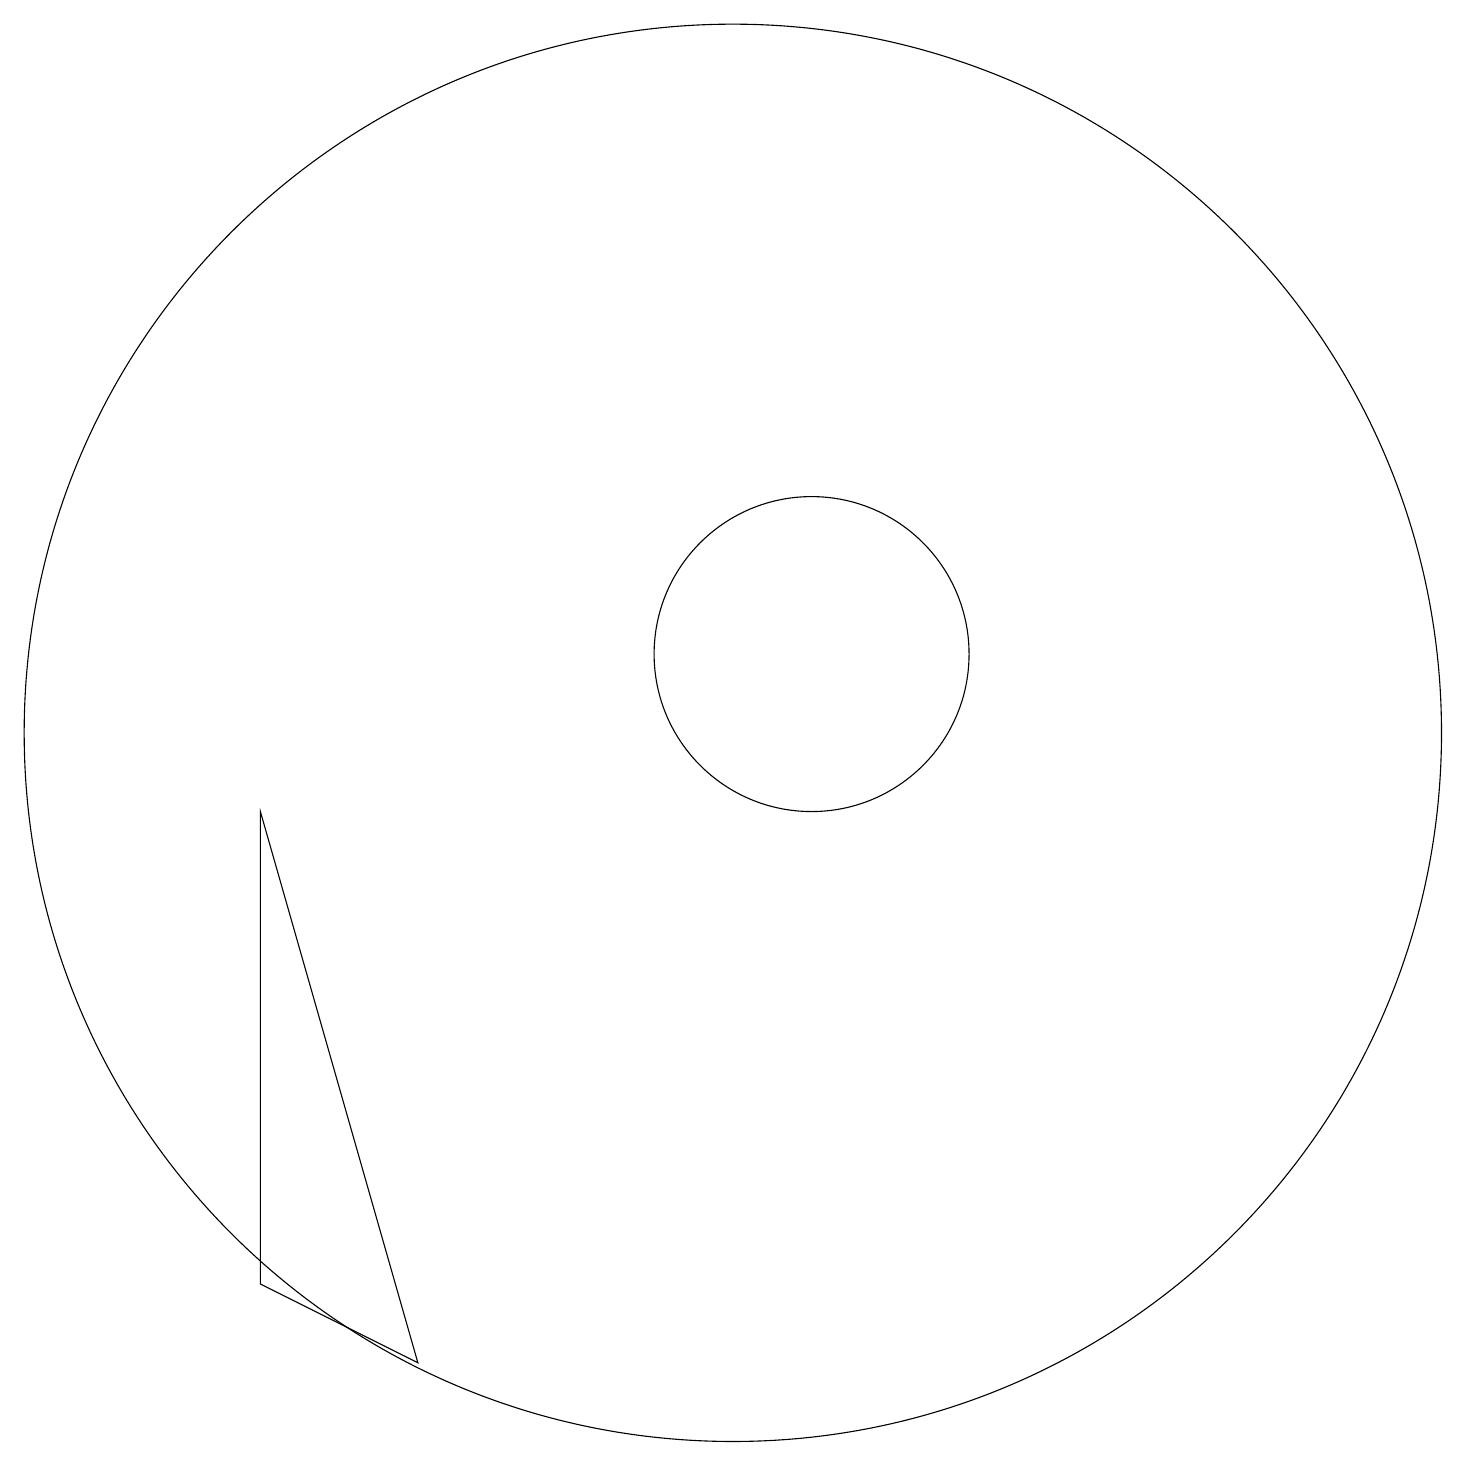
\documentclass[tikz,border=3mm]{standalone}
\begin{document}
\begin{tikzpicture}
\draw (11,10) circle (9);
\draw (12,11) circle (2);
\draw (5,9) -- (7,2) -- (5,3) -- cycle;
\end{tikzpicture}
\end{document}